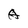
Character: A